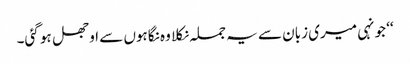
‘‘ جونہی میری زبان سے یہ جملہ نکلا وہ نگاہوں سے اوجھل ہو گئی۔